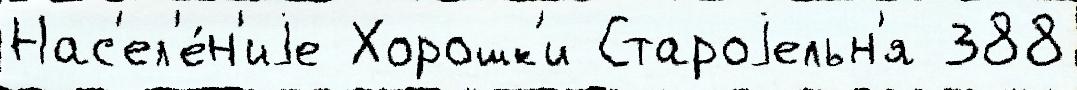
Нас'ел'е́н'иjе Хорошк'и Староjельн'я 388